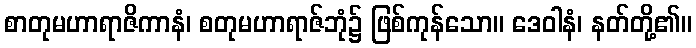
စာတုမဟာရာဇိကာနံ၊ စတုမဟာရာဇ်ဘုံ၌ ဖြစ်ကုန်သော။ ဒေဝါနံ၊ နတ်တို့၏။